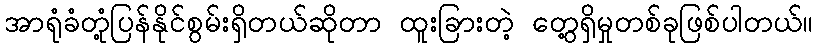
အာရုံခံတုံ့ပြန်နိုင်စွမ်းရှိတယ်ဆိုတာ ထူးခြားတဲ့ တွေ့ရှိမှုတစ်ခုဖြစ်ပါတယ်။